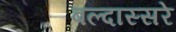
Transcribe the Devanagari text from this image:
बल्दास्सरे